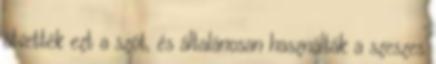
átvették ezt a szót, és általánosan használták a szeszes